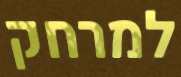
למרחק